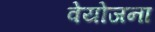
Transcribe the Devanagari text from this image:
वेयोजना